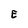
Character: E